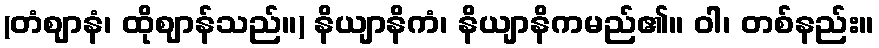
(တံဈာနံ၊ ထိုဈာန်သည်။) နိယျာနိကံ၊ နိယျာနိကမည်၏။ ဝါ၊ တစ်နည်း။